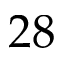
2 8